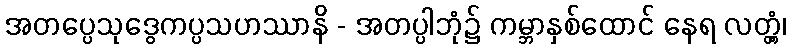
အတပ္ပေသုဒွေကပ္ပသဟဿာနိ - အတပ္ပါဘုံ၌ ကမ္ဘာနှစ်ထောင် နေရ လတ္တံ့၊